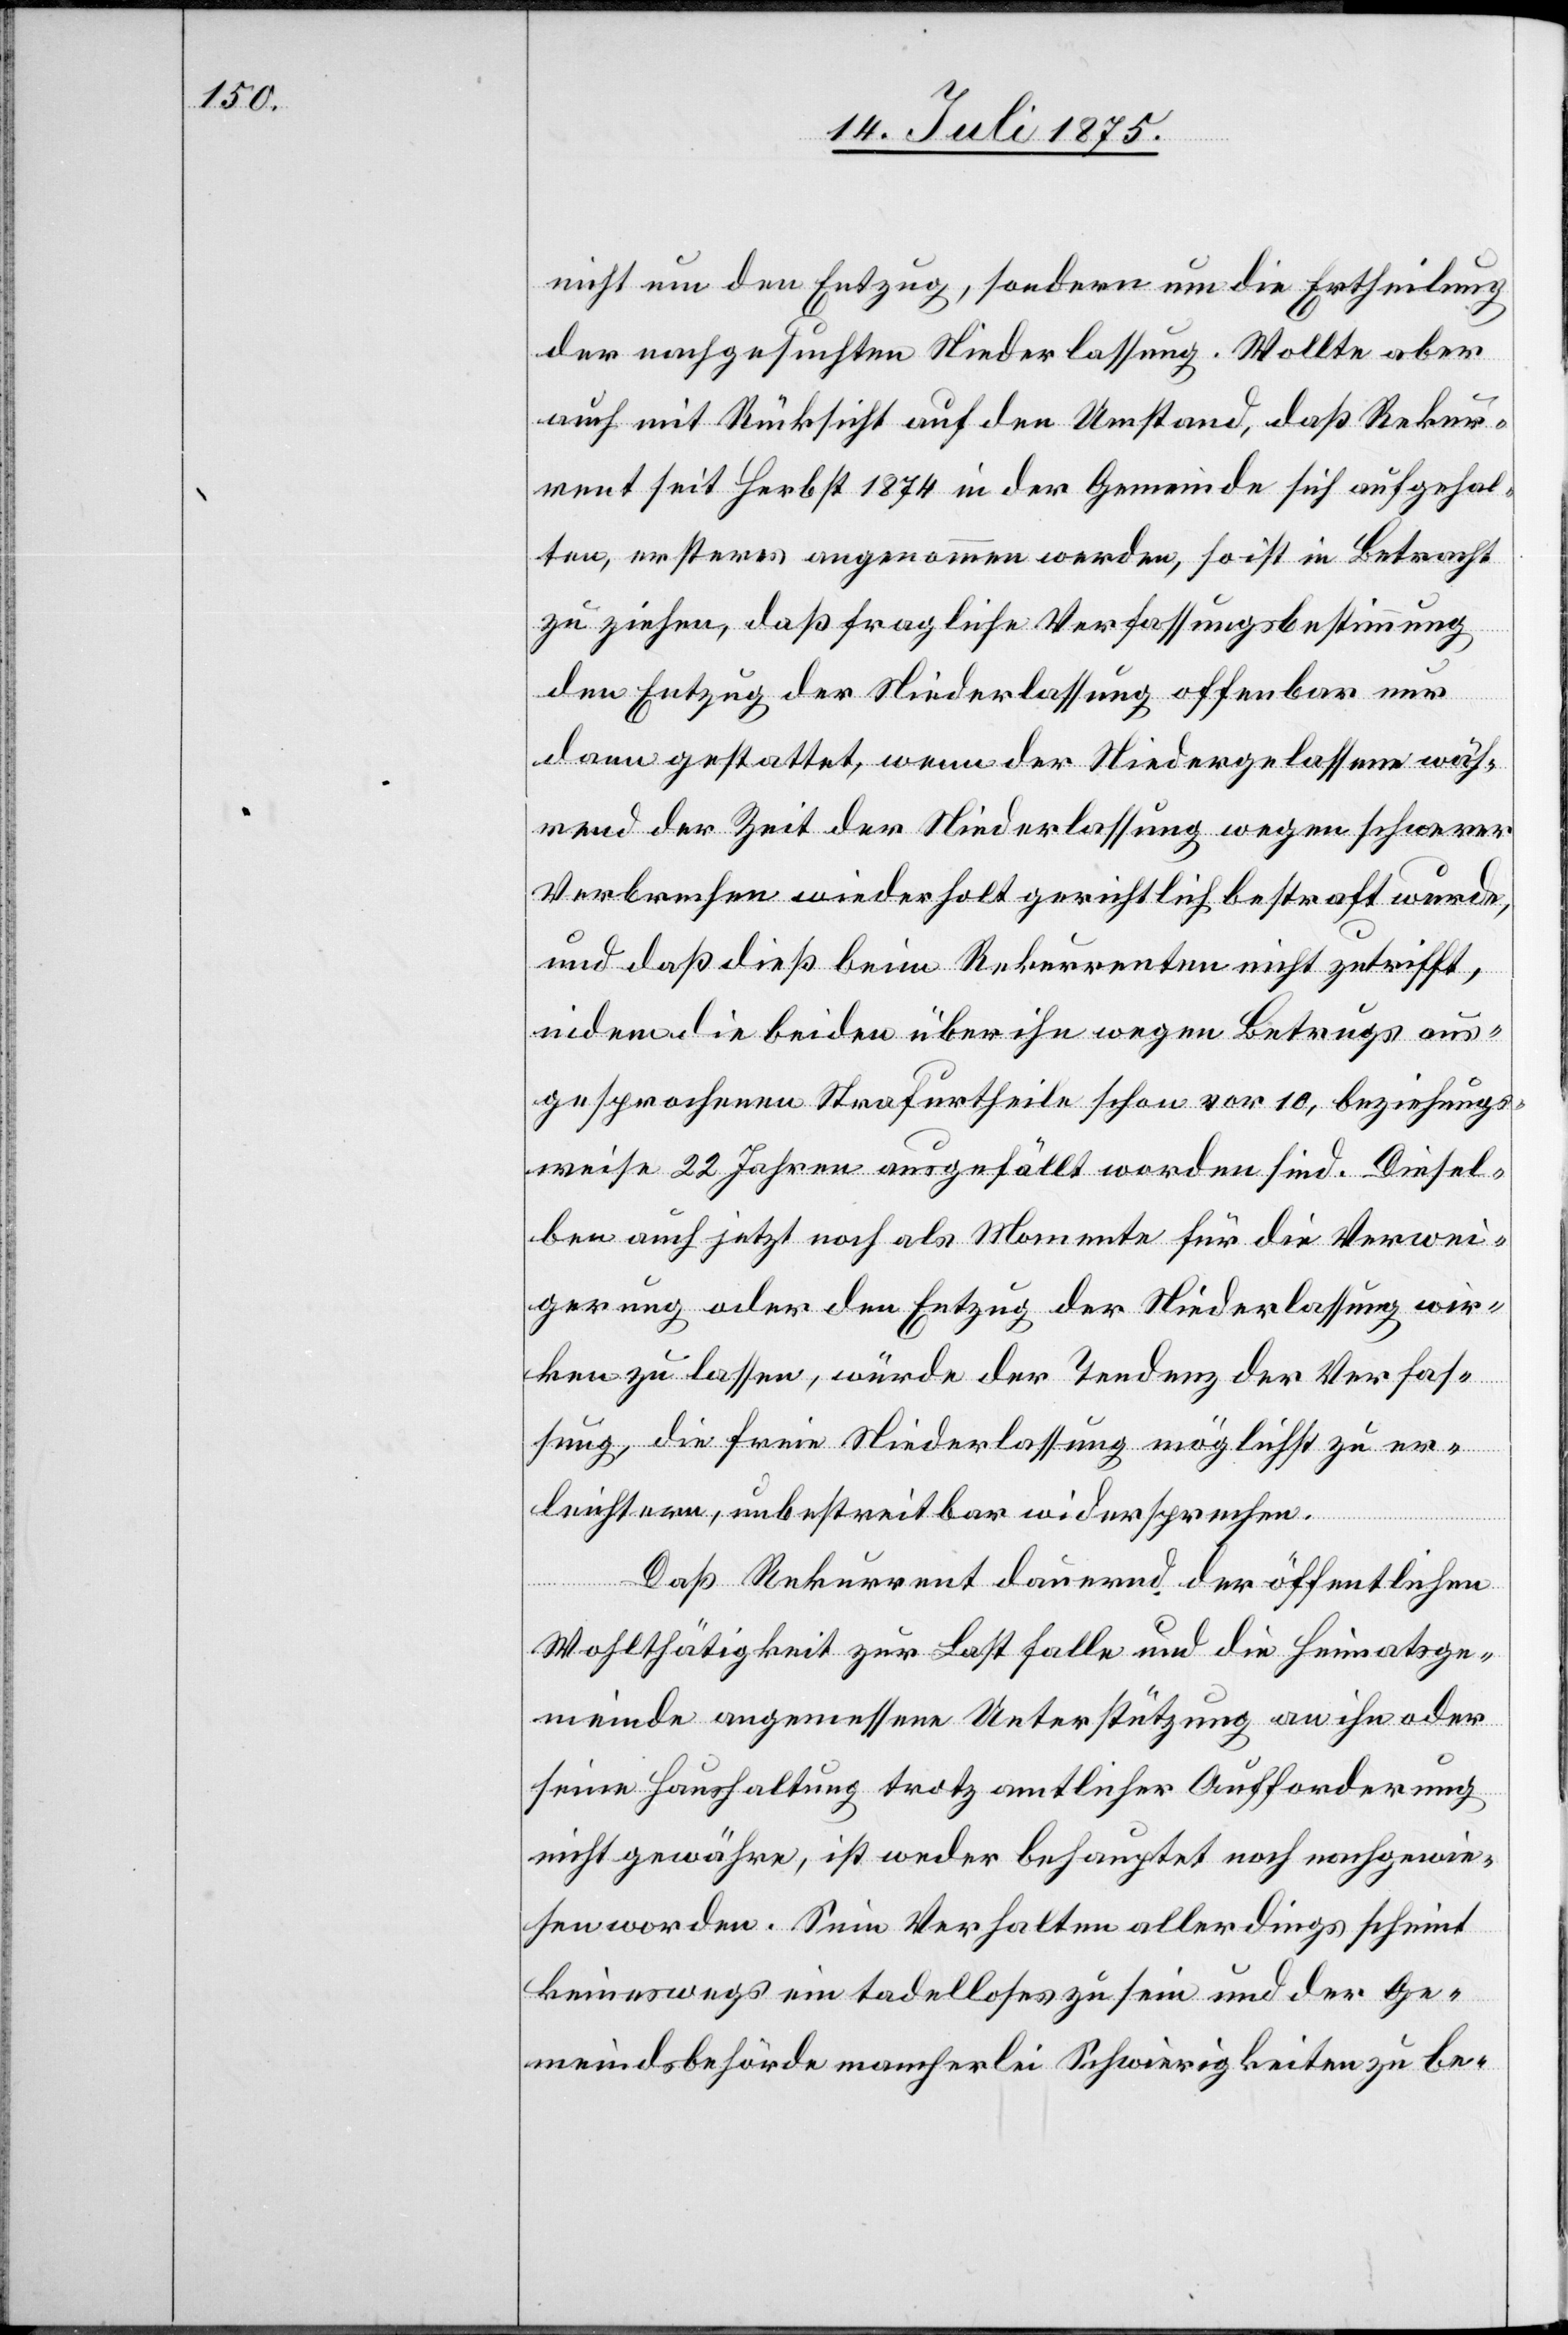
nicht um den Entzug, sondern um die Ertheilung
der nachgesuchten Niederlassung. Wollte aber
auch mit Rücksicht auf den Umstand, daß Rekur¬
rent seit Herbst 1874 in der Gemeinde sich aufgehal¬
ten, ersteres aufgenommen werden, so ist in Betracht
zu ziehen, daß fragliche Verfassungsbestimmung
den Entzug der Niederlassung offenbar nur
dann gestattet, wenn der Niedergelassene wäh¬
rend der Zeit der Niederlassung wegen schwerer
Verbrechen wiederholt gerichtlich bestraft wurde,
und daß dieß beim Rekurrenten nicht zutrifft,
indem die beiden über ihn wegen Betrugs aus¬
gesprochenen Strafurtheile schon vor 10, beziehungs¬
weise 22 Jahren ausgefällt worden sind. Diesel¬
ben auch jetzt noch als Momente für die Verwei¬
gerung oder den Entzug der Niederlassung wir¬
ken zu lassen, würde der Tendenz der Verfas¬
sung, die freie Niederlassung möglichst zu er¬
leichtern, unbestreitbar widersprechen.
Daß Rekurrent dauernd der öffentlichen
Wohlthätigkeit zur Last falle und die Heimatsge¬
meinde angemessen Unterstützung an ihn oder
seine Haushaltung trotz amtlicher Aufforderung
nicht gewähre, ist weder behauptet noch nachgewie¬
sen worden. Sein Verhalten allerdings scheint
keineswegs ein tadelloses zu sein und der Ge¬
meindsbehörde mancherlei Schwierigkeiten zu be-